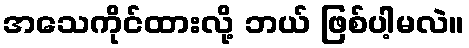
အသေကိုင်ထားလို့ ဘယ် ဖြစ်ပါ့မလဲ။